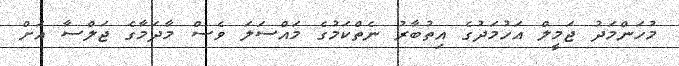
މުހަންމަދު ޖަމީލް އަހުމަދުގެ އިތުބާރު ނެތްކަމުގެ މައްސަލަ ވެސް މާދަމާގެ ޖަލްސާ އަށް